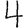
Digit: 4